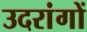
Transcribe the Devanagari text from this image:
उदरांगों